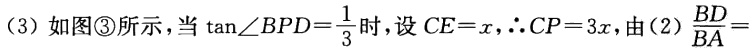
(3) 如图\textcircled{3}所示，当$\tan\angle BPD = \frac{1}{3}$时，设$CE = x$，$\therefore CP = 3x$，由(2)$\frac{BD}{BA} =$